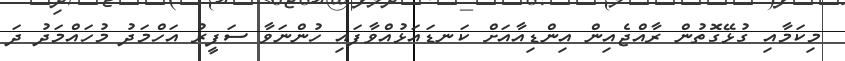
މިކަމާއި ގުޅޭގޮތުން ރާއްޖެއިން އިންޑިއާއަށް ކަނޑައަޅުއްވާފައި ހުންނަވާ ސަފީރު އަހްމަދު މުހައްމަދު ދަ